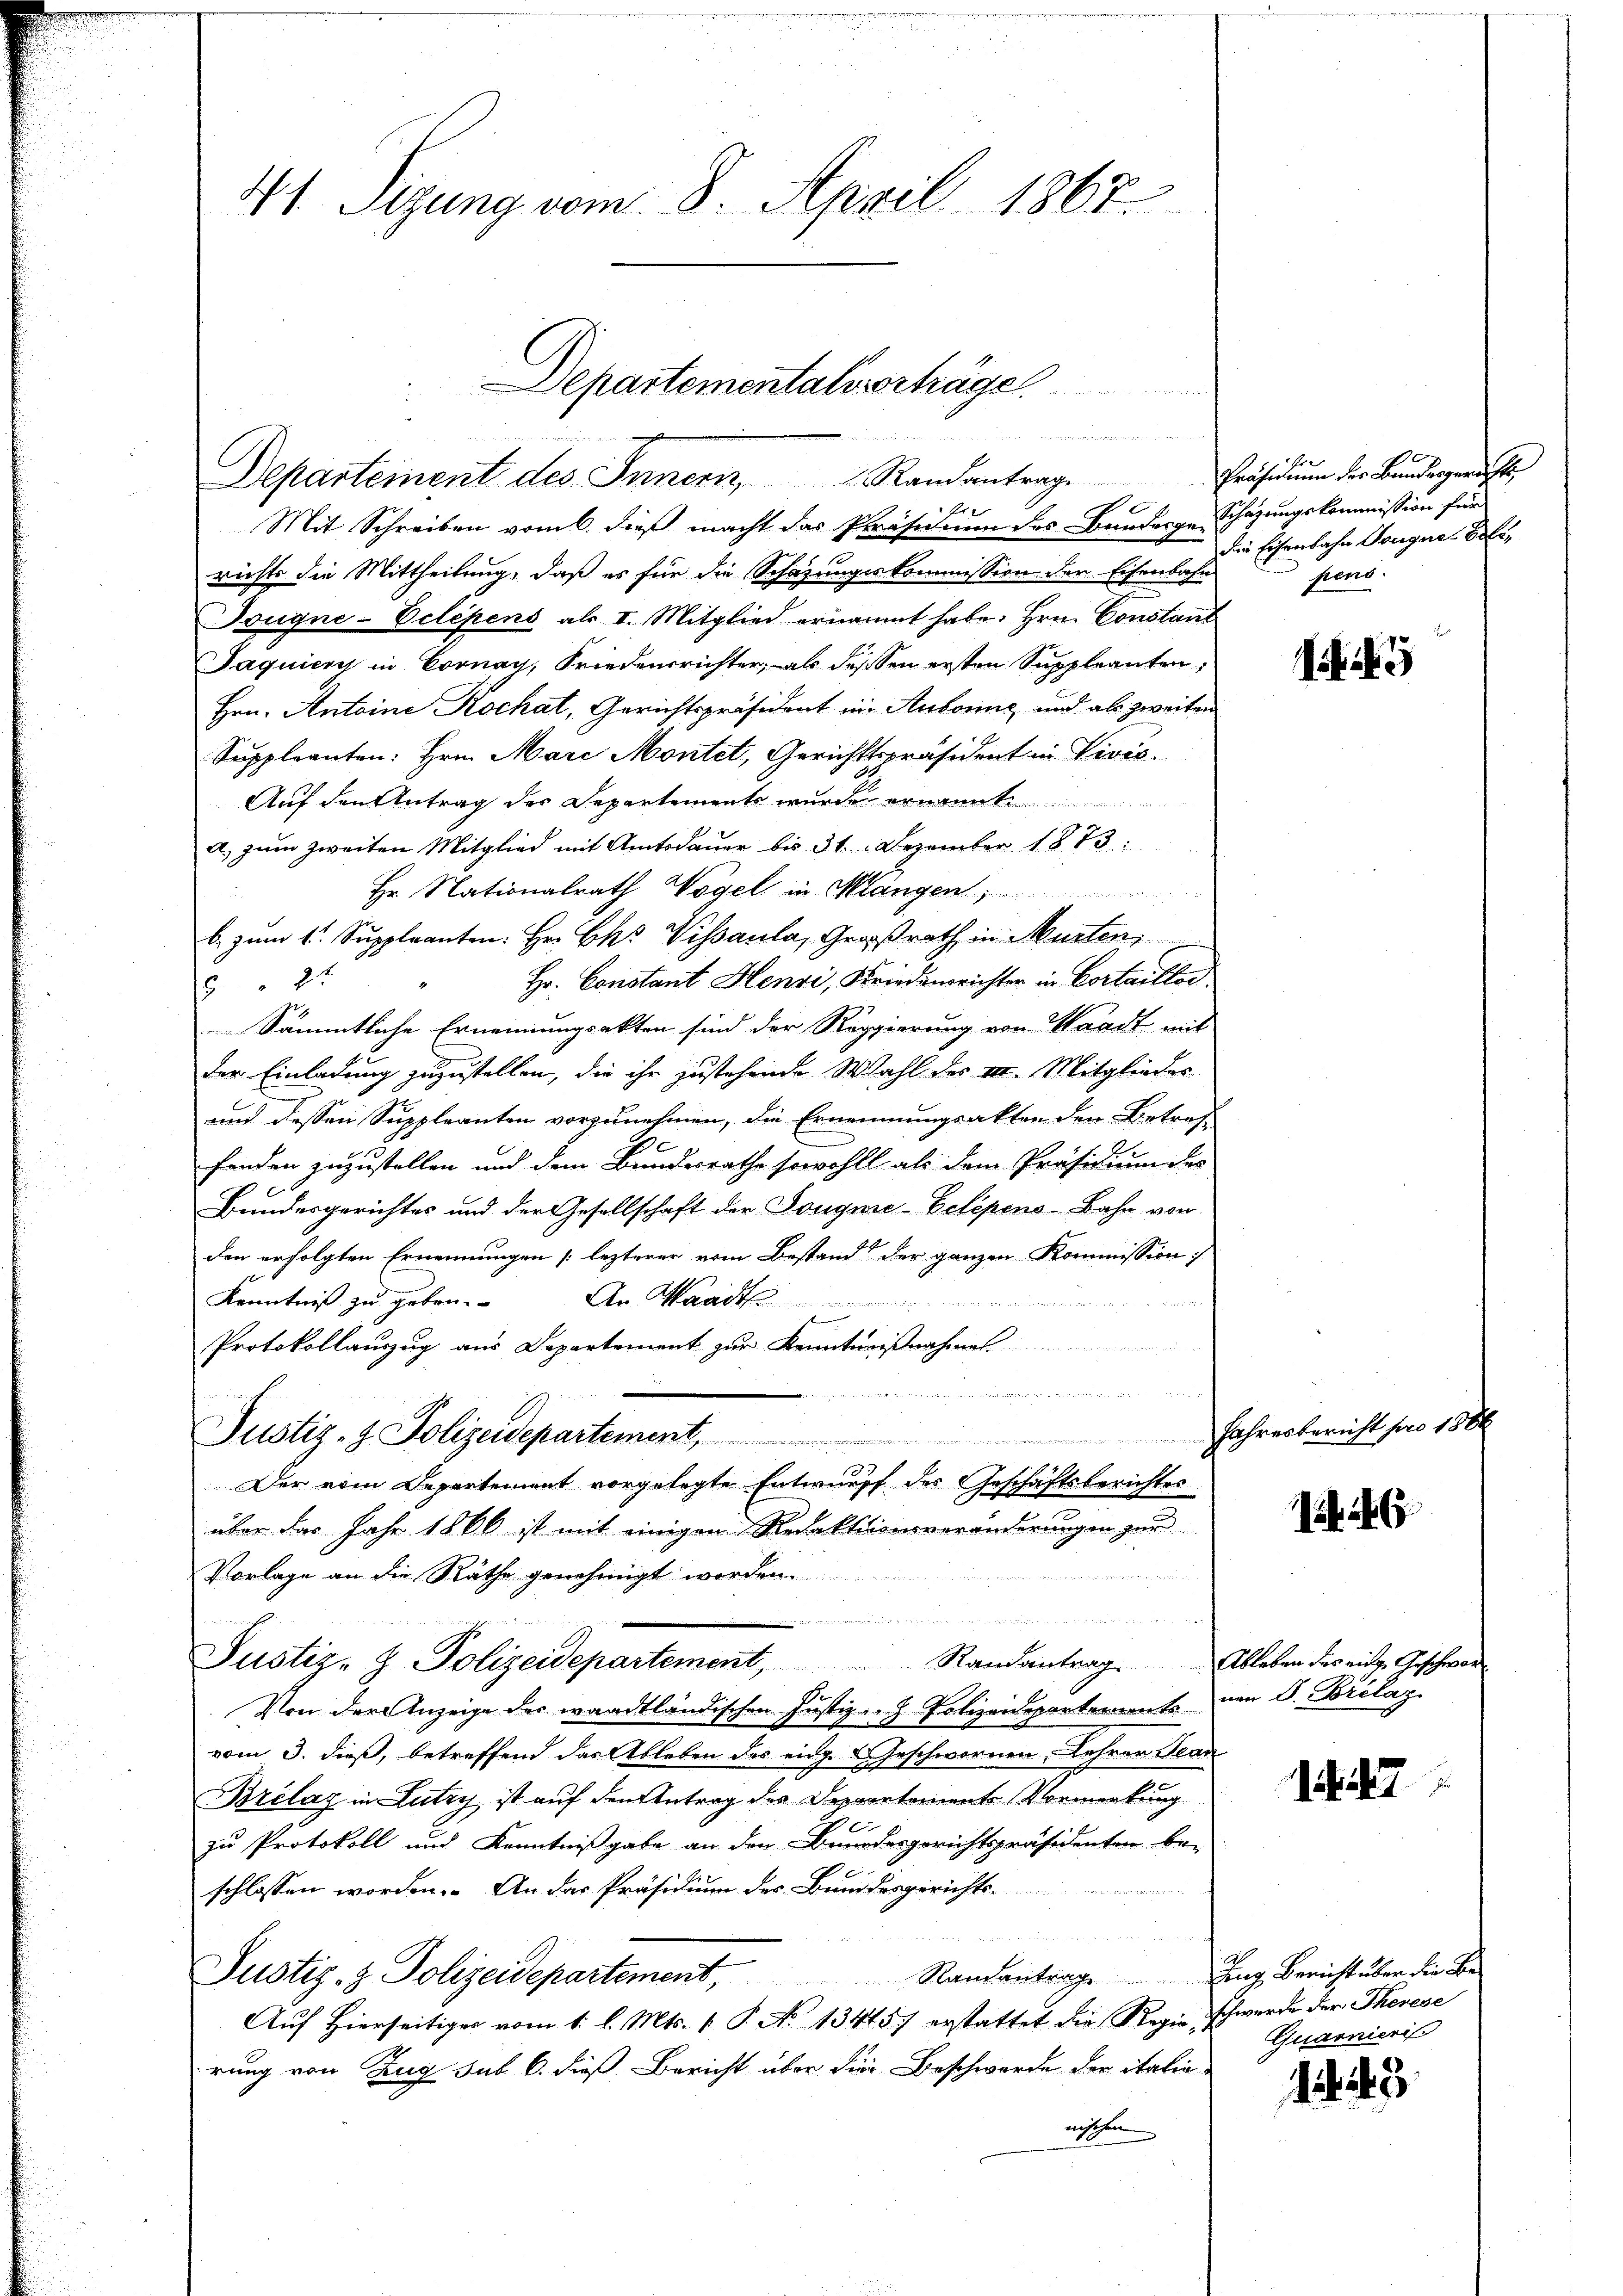
41 Sizung vom 8. April 1867

Departementals vorträge
n
m
Departement des Innern, Randantrag
e
Er

Mit Schreiben vom 6. dieß macht das Präsidium des Banderge Schazungskommission für
richts die Mittheilung, daß es für die Schazungskommission der Eisenbahn
Tougne-Eclepens als I. Mitglied ernannt habe. Hrn. Constant
Jaquiere in Cornay, Friedensrichter, als dessen ersten Suppleanten,
Hrn. Antoine Kochat, Gerichtspräsident ein Aubonne und als zweiten
Suppleanten: Hrn. Mare Montet, Gerichtspräsident in Vivić.
Auf den Antrag der Departements wurde ernannt
A. zum Zweiten Mitglied mit Amtsdauer bis 31. Dezember 1873.
Hr. Nationalrath Vogel in Mangen
b. zum 1. Suppleanten: Hr. Chr. Visaula, Großrath in Murten,
Hr. Constant Henri, Friedensrichter in Cortaillor
2
Sämmtliche Ernennungsakten sind der Reggierung von Waadt mit
der Einladung zuzustellen, die ihr zustehende Wahl des II. Mitglieder
und dessen Suppleanten vorzunehmen, die Ernennungsakten den Betref-
fenden zuzustellen und dem Bundesrathe sowohlt, als dem Präsidium der
Bundesgerichtes und der Gesellschaft der Dougnie-Eetépens-Bahn von
den erfolgten Ernennungen [lezterer vom Bestand der ganzen Kommission
Kenntniß zu geben.
An Waadt
Protokollaŭszŭg aŭs Departement zŭr Kennt

Justiz- & Polizeidepartement,
Der vom Departement vorgelegte Entwurff des Geschäftsberichtes
über das Jahr 1866 ist mit einigen Redaktionsveränderungen zur
Vorlage an die Räthe genehmigt worden.
d

Justiz- & Polizeidepartement, Randantrag. Ableben des einer Geschwor
Er
Von der Anzeige des waadtländischen Justiz- & Polizeidepartements von 8. Britas
vom 3. dieß, betreffend das Ableben des eidg. B. Geschwornen Lehrer Scar
Brélag in Lutry ist auf den Antrag des Departements Vormerkung
zu Protokoll und Kenntnißgabe an den Bundesgerichtspräsidenten be-
schlossen worden. An das Präsidium des Bundesgerichts¬
             der Be
Rautantragung Bericht über die Be¬
Justiz- & Polizeidepartement,
Auf Hierseitiger vom 1. l. Mts. 1. P. No 13445) erstattet die Regie schwerde der Therese
rung von Zug sub 6. dieß Bericht über die Beschwerde der italie-
mischen

Präsidium der Bundesgerichts
Die Eisenbahn Taugne Belepens.

Jahresbericht pro 180

15. 146

1. 47

Quarnieris

43